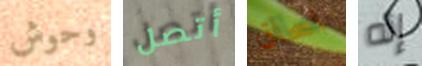
وحوش أتصل اسحاق إنه